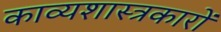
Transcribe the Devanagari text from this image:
काव्यशास्त्रकारों